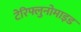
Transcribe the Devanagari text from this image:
टेरिफ्लुनोमाइड